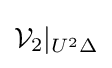
{\mathcal {V}}_{2}|_{U^{2}\Delta }